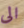
الى